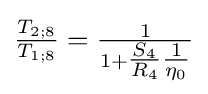
{\tfrac {T_{2;8}}{T_{1;8}}}={\tfrac {1}{1+{\tfrac {S_{4}}{R_{4}}}{\tfrac {1}{\eta _{0}}}}}